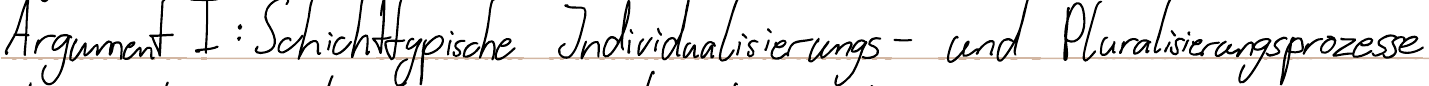
Argument I: Schichttypische Individualisierungs- und Pluralisierungsprozesse